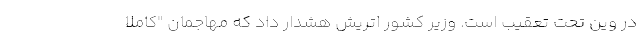
در وین تحت تعقیب است. وزیر کشور اتریش هشدار داد که مهاجمان "کاملا